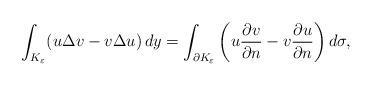
LaTeX: \begin{align*}\int_{K_\varepsilon} (u \Delta v - v \Delta u)\, dy = \int_{\partial K_\varepsilon} \left( u \frac{\partial v}{\partial n} - v \frac{\partial u}{\partial n} \right) d\sigma,\end{align*}